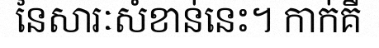
នៃសារៈសំខាន់នេះ។ កាក់គឺ